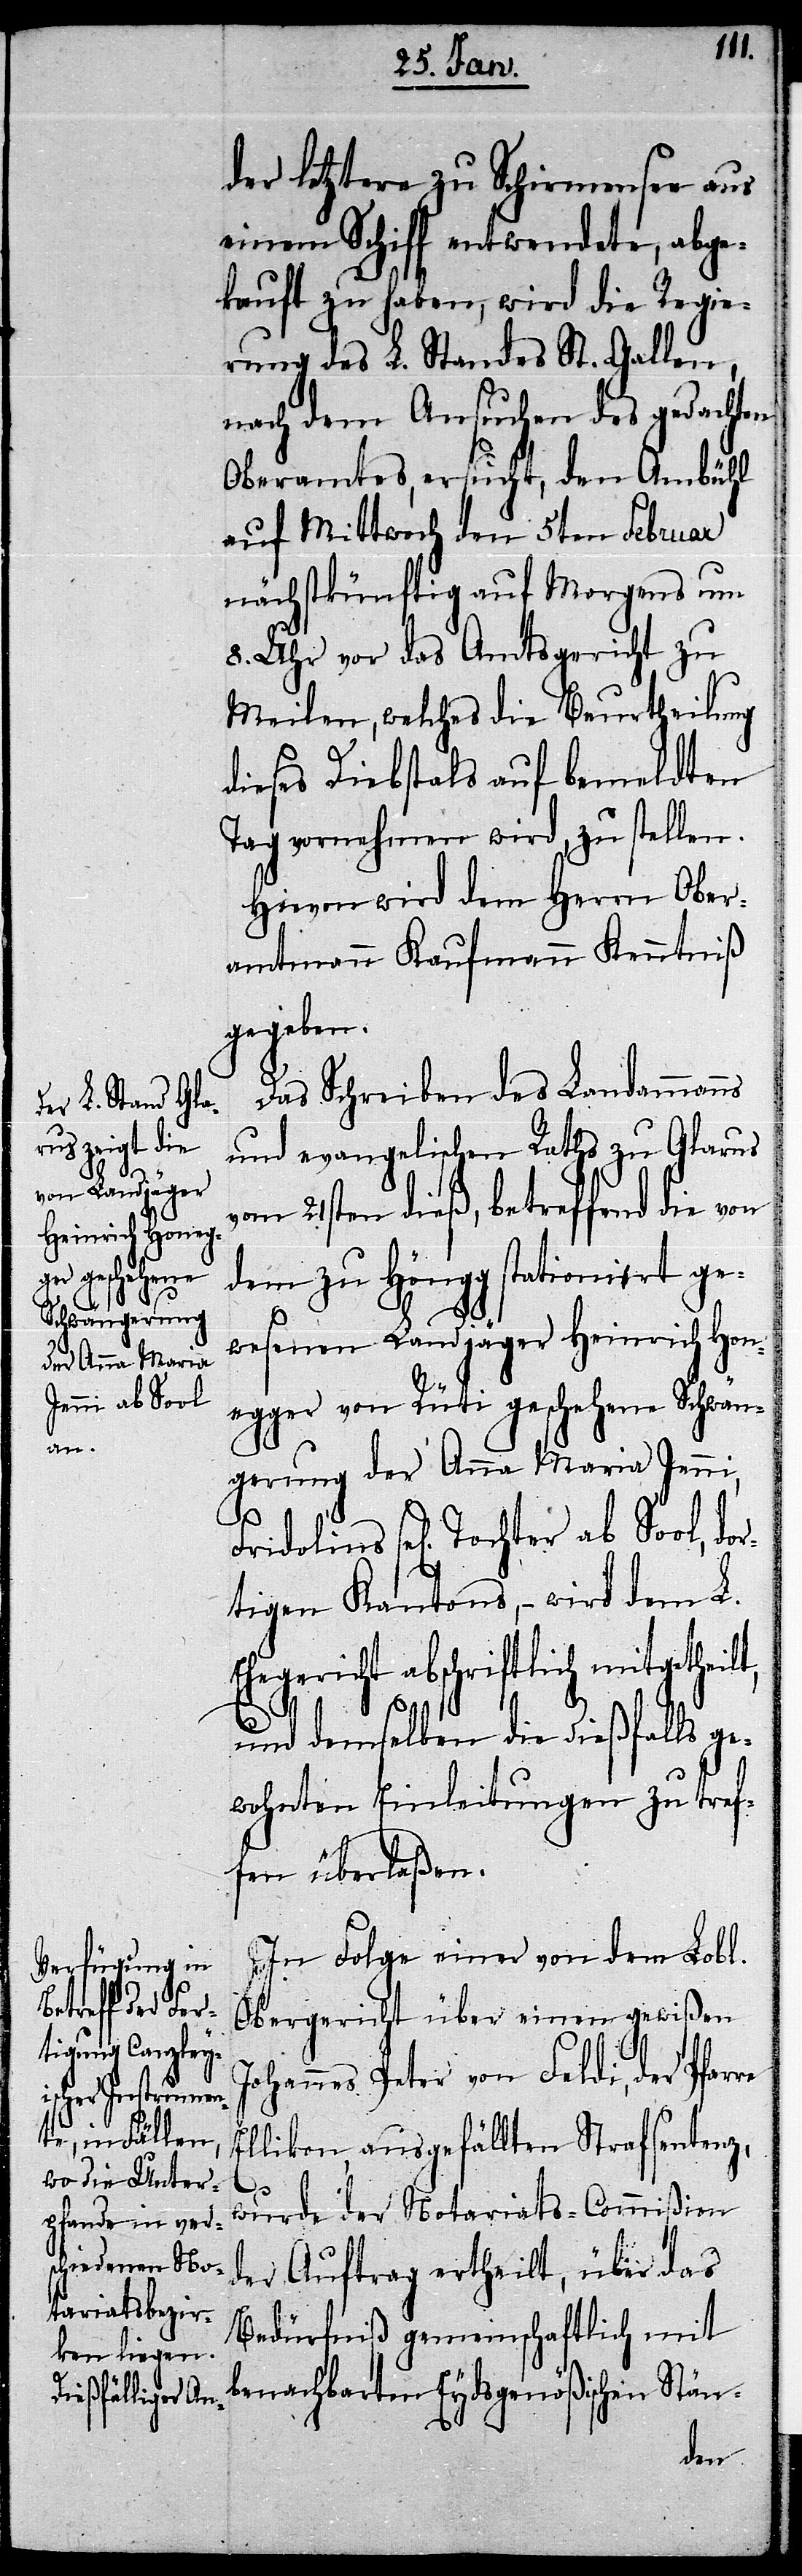
re
eilt,

der letztere zu Schirmensee aus
einem Schiff entwendete, abge¬
kauft zu haben, wird die Regie¬
rung des L. Standes St. Gallen,
nach dem Ansuchen des gedachten
Oberamtes, ersucht, den Ambühl
auf Mittwoch den 5ten Februar
nächstkünftig auf Morgens um
8. Uhr vor das Amtsgericht zu
Meilen, welches die Beurtheilung
dieses Diebstals auf bemeldten
Tag vornehmen wird, zu stellen.
Hievon wird dem Herrn Ober¬
amtmann Kaufmann Kenntniß
gegeben.
Das Schreiben des Landammanns
und evangelischen Raths zu Glarus
vom 21sten dieß, betreffend die von
dem zu Höngg stationirt ge¬
wesenen Landjäger Heinrich Hon¬
egger von Rüti geschehene Schwän¬
gerung der Anna Maria Jenni,
sel[ige] Tochter ab Sool, dor¬
tigen Kantons, – wird dem L.
Ehegericht abschriftlich mitgeth¬
und demselben die dießfalls ge¬
wohnten Einleitungen zu tref¬
fen überlaßen.
In Folge einer von dem Lobl.
Obergericht über einen gewißen
Johannes Peter von Feldi, der Pfar¬
Ellikon, ausgefällten Strafsentenz,
wurde der Notariats-Commißion
der Auftrag ertheilt, über das
Bedürfniß gemeinschaftlich mit
benachbarten Eydsgenößischen Stän-